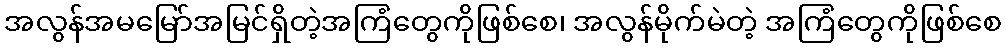
အလွန်အမမြော်အမြင်ရှိတဲ့အကြံတွေကိုဖြစ်စေ၊ အလွန်မိုက်မဲတဲ့ အကြံတွေကိုဖြစ်စေ